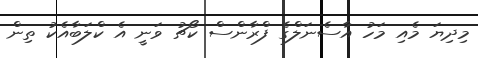
މިދިޔަ މެއި މަހު އާސެނަލްގެ ފްރާންސް ކޯޗު ވަނީ އެ ކްލަބާއެކު ތިން